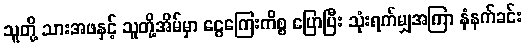
သူတို့ သားအဖနှင့် သူတို့အိမ်မှာ ငွေကြေးကိစ္စ ပြောပြီး သုံးရက်မျှအကြာ နံနက်ခင်း